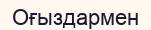
Оғыздармен